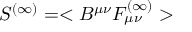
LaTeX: S ^ { ( \infty ) } = < B ^ { \mu \nu } F _ { \mu \nu } ^ { ( \infty ) } >